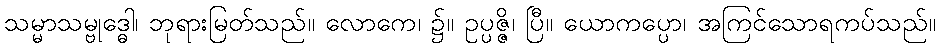
သမ္မာသမ္ဗုဒ္ဓေါ၊ ဘုရားမြတ်သည်။ လောကေ၊ ၌။ ဥပ္ပဇ္ဇိ၊ ပြီ။ ယောကပ္ပော၊ အကြင်သောရကပ်သည်။